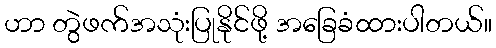
ဟာ တွဲဖက်အသုံးပြုနိုင်ဖို့ အခြေခံထားပါတယ်။